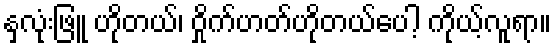
နှလုံးဖြူ ဟိုတယ်၊ ဝှိုက်ဟတ်ဟိုတယ်ပေါ့ ကိုယ့်လူရာ။